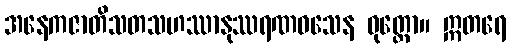
အနေကဇာတိသတသဟဿာနုဿရဏဝသေန ဝုတ္တော။ ဣတရေ